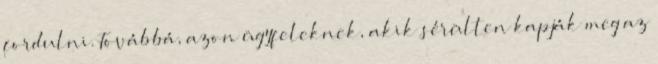
fordulni. Továbbá, azon ügyfeleknek, akik sérülten kapják meg az